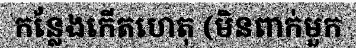
កន្លែងកើតហេតុ (មិនពាក់មួក